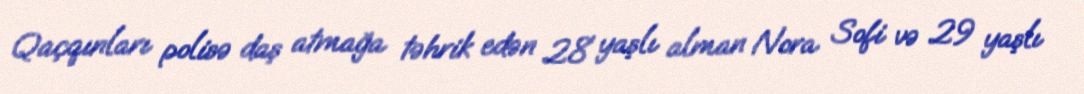
Qaçqınları polisə daş atmağa təhrik edən 28 yaşlı alman Nora Sofi və 29 yaşlı